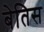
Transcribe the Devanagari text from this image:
बेतिस